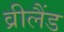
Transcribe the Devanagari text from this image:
व्रीलैंड